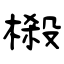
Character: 樧